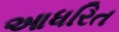
આધરિત